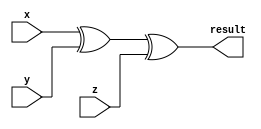
`timescale 1ns / 1ps
//////////////////////////////////////////////////////////////////////////////////
// Company: 
// Engineer: 
// 
// Design Name: 
// Module Name: PARITY_GENERATOR
// Project Name: 
// Target Devices: 
// Tool Versions: 
// Description: 
// 
// Dependencies: 
// 
// Revision:
// Revision 0.01 - File Created
// Additional Comments:
// 
//////////////////////////////////////////////////////////////////////////////////


module PARITY_GENERATOR(
    input x,
    input y,
    input z,
    output result
    );
    assign result= x^y^z;
endmodule

module testbench;
reg x,y,z;
wire result;
 
 PARITY_GENERATOR dut(x,y,z,result);
 
 initial
 begin
 $monitor("x=%b y=%b z=%b result=%b",x,y,z,result);
 
  #100 x=0; y=0; z=0;
  #200 x=0; y=0; z=1;
  #300 x=0; y=1; z=0;
  #400 x=0; y=1; z=1;
  #500 x=1; y=0; z=0;
  #600 x=1; y=0; z=1;
  #700 x=1; y=1; z=0;
  #800 x=1; y=1; z=1;
 
 end
 endmodule